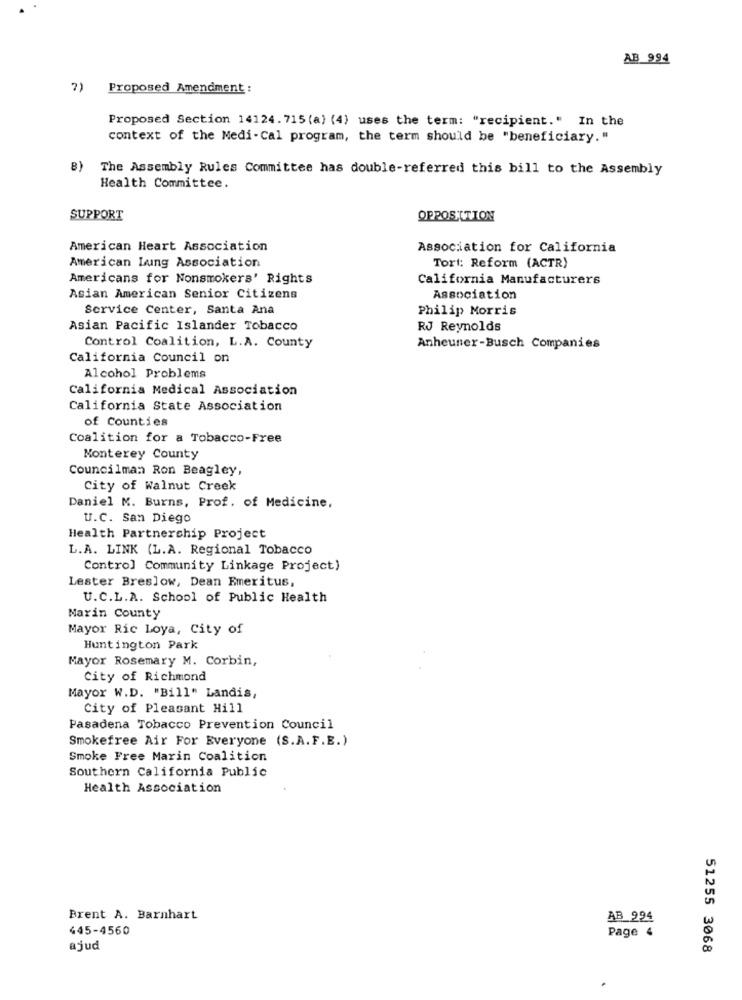
AB 994
7) Proposed Amendment :
Proposed Section 14124.715 (a) (4) uses the term: "recipient." In the
context of the Medi-Cal program, the term should be "beneficiary."
8)
The Assembly Rules Committee has double-referred this bill to the Assembly
Health Committee.
SUPPORT
OPPOSITION
American Heart Association
Association for California
American Lung Association
Tort: Reform (ACTR)
Americans for Nonsmokers' Rights
California Manufacturers
Asian American Senior Citizens
Association
Service Center, Santa Ana
Philip Morris
Asian Pacific Islander Tobacco
RJ Reynolds
Control Coalition, L.A. County
Anheuner-Busch Companies
California Council on
Alcohol Problems
California Medical Association
California State Association
of Counties
Coalition for a Tobacco-Free
Monterey County
Councilman Ron Beagley,
City of Walnut Creek
Daniel M. Burns, Prof. of Medicine,
U.C. San Diego
Health Partnership Project
L.A. LINK (L.A. Regional Tobacco
Control Community Linkage Project)
Lester Breslow, Dean Emeritus,
U.C.L.A. School of Public Health
Marin County
Mayor Ric Loya, City of
Huntington Park
Mayor Rosemary M. Corbin,
City of Richmond
Mayor W.D. "Bill" Landis,
City of Pleasant Hill
Pasadena Tobacco Prevention Council
Smokefree Air For Everyone (S.A.F.E.)
Smoke Free Marin Coalition
Southern California Public
Health Association
Brent A. Barnhart
AB 994
445-4560
Page 4
ajud
51255 3068